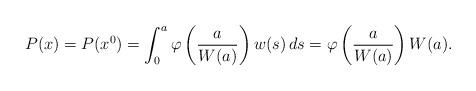
LaTeX: \begin{align*}P(x) = P(x^0)= \int_0^a \varphi\left(\frac{a}{W(a)}\right) w(s)\, ds = \varphi\left(\frac{a}{W(a)}\right) W(a).\end{align*}